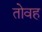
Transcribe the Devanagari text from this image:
तोवह